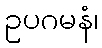
ဥပဂမနံ၊